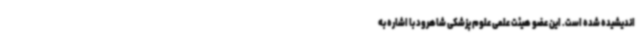
اندیشیده شده است. این عضو هیئت علمی علوم پزشکی شاهرود با اشاره به